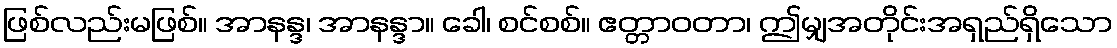
ဖြစ်လည်းမဖြစ်။ အာနန္ဒ၊ အာနန္ဒာ။ ခေါ၊ စင်စစ်။ ဧတ္တာဝတာ၊ ဤမျှအတိုင်းအရှည်ရှိသော